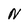
Character: N